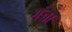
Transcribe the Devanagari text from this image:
गंचा